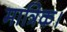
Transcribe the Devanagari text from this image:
मात्रिक।